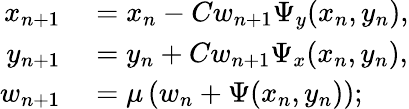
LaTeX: \begin{array}{rl}{x_{n+1}}&{{}=x_{n}-Cw_{n+1}\Psi_{y}(x_{n},y_{n}),}\\ {y_{n+1}}&{{}=y_{n}+Cw_{n+1}\Psi_{x}(x_{n},y_{n}),}\\ {w_{n+1}}&{{}=\mu\left(w_{n}+\Psi(x_{n},y_{n})\right);}\end{array}